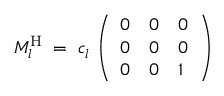
M _ { l } ^ { \mathrm { H } } \; = \; c _ { l } ^ { ~ } \left( \begin{array} { l l l } { { 0 } } & { { 0 } } & { { 0 } } \\ { { 0 } } & { { 0 } } & { { 0 } } \\ { { 0 } } & { { 0 } } & { { 1 } } \end{array} \right) \;